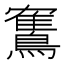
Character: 𫛏